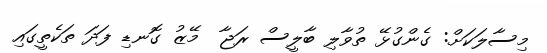
މިސާލަކަށް: ގެންގުޅޭ ތުވާލި ބާލީސް ރަޖާ  މޭޒު ގޮނޑި ފަދަ ތަކެތީގައި